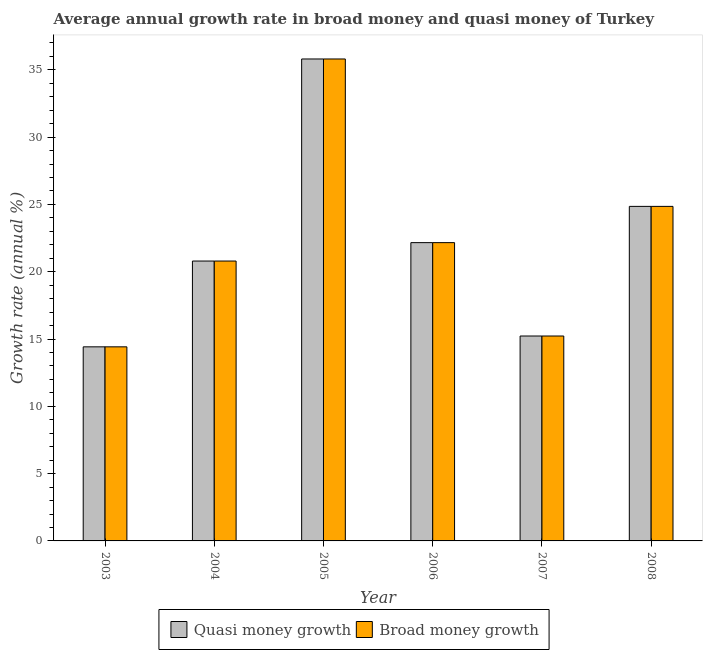
| Year | Quasi money growth | Broad money growth |
 | --- | --- | --- |
 | 2003 | 14.4 | 14.4 |
 | 2004 | 20.8 | 20.8 |
 | 2005 | 35.8 | 35.8 |
 | 2006 | 22.2 | 22.2 |
 | 2007 | 15.2 | 15.2 |
 | 2008 | 24.9 | 24.9 |